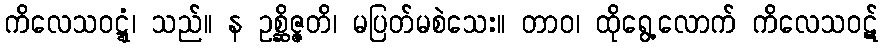
ကိလေသဝဋ္ဋံ၊ သည်။ န ဥစ္ဆိဇ္ဇတိ၊ မပြတ်မစဲသေး။ တာဝ၊ ထိုရွေ့လောက် ကိလေသဝဋ်